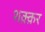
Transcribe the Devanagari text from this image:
शक़्क़र